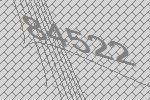
84522